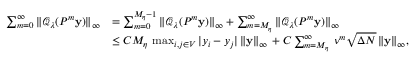
\begin{array} { r l } { \sum _ { m = 0 } ^ { \infty } \| \mathcal { Q } _ { \lambda } ( P ^ { m } \mathbf { y } ) \| _ { \infty } } & { = \sum _ { m = 0 } ^ { M _ { \eta } - 1 } \| \mathcal { Q } _ { \lambda } ( P ^ { m } \mathbf { y } ) \| _ { \infty } + \sum _ { m = M _ { \eta } } ^ { \infty } \| \mathcal { Q } _ { \lambda } ( P ^ { m } \mathbf { y } ) \| _ { \infty } } \\ & { \leq C M _ { \eta } \, \operatorname* { m a x } _ { i , j \in V } | y _ { i } - y _ { j } | \, \| \mathbf { y } \| _ { \infty } \, + C \sum _ { m = M _ { \eta } } ^ { \infty } \, \nu ^ { m } \sqrt { \Delta N } \, \| \mathbf { y } \| _ { \infty } , } \end{array}